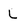
Character: L